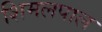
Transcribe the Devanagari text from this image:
शिमलपाल